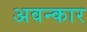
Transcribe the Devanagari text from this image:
अवन्कार